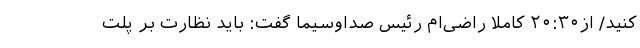
کنید/ از۲۰:۳۰ کاملاً راضی‌ام رئیس صداوسیما گفت: باید نظارت بر پلت